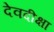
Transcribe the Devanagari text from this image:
देवदीक्षा